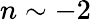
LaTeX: n\sim-2